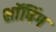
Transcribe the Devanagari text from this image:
शाॅपिंग